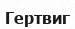
Гертвиг